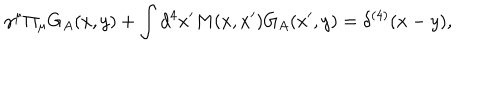
LaTeX: \gamma ^ { \mu } \Pi _ { \mu } G _ { A } ( x , y ) + \int d ^ { 4 } x ^ { \prime } M ( x , x ^ { \prime } ) G _ { A } ( x ^ { \prime } , y ) = \delta ^ { ( 4 ) } ( x - y ) ,